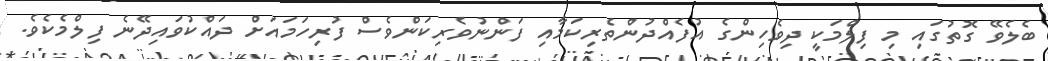
ބެލެވޭ ގޮތުގައި މި ފިލްމަކީ ދިވެހިންގެ އުފެއްދުންތެރިކަމާއި ފަންނުވެރިކަންވެސް ފުރިހަމައަށް ދައްކުވައިދޭނެ ފިލްމެކެވެ.